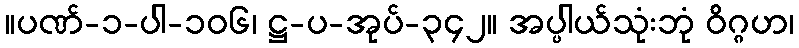
။ပဏ်-၁-ပါ-၁၀၆၊ ဋ္ဌ-ပ-အုပ်-၃၄၂။ အပ္ပါယ်သုံးဘုံ ဝိဂ္ဂဟ၊